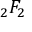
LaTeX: { } _ { 2 } F _ { 2 }